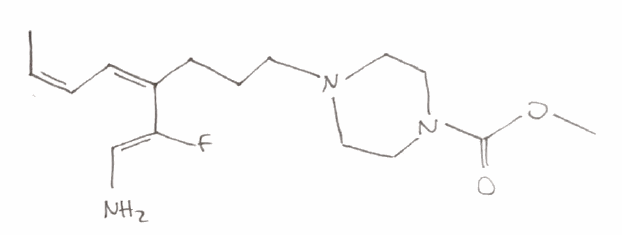
Simplified molecular-input line-entry system (SMILES) notation of the given molecule:
C/C=C\C=C(\CCCN1CCN(CC1)C(=O)OC)/C(=C/N)/F